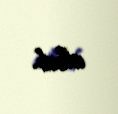
olub.